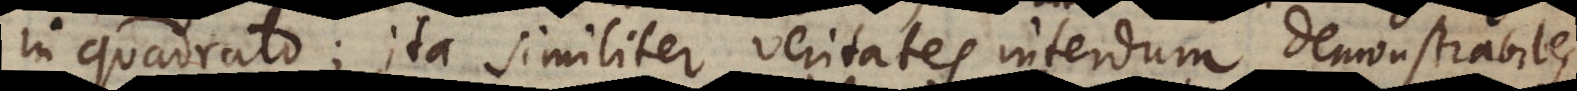
in quadrato; ita similiter veritates interdum demonstrabiles